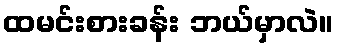
ထမင်းစားခန်း ဘယ်မှာလဲ။